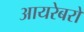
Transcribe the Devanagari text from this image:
आयरेबरो